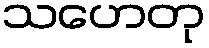
သဟေတု